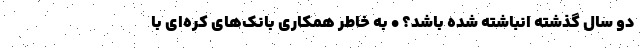
دو سال گذشته انباشته شده باشد؟ • به خاطر همکاری بانک‌های کره‌ای با